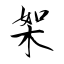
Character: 桇